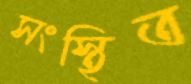
সংস্থিত